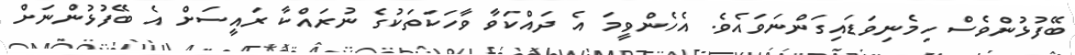
ބޭފުޅުންވެސް ހިމެނިވަޑައިގަންނަވައެވެ. އެހެންވީމަ އެ ދައްކަވާ ވާހަކަތަކުގެ ނުރައްކާ ރައީސަށް އެ ބޭފުޅުންނަށް